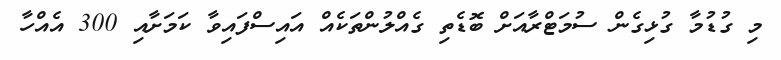
މި ގުޑުމާ ގުޅިގެން ސުމަޓްރާއަށް ބޮޑެތި ގެއްލުންތަކެއް އައިސްފައިވާ ކަމަށާއި 300 އެއްހާ